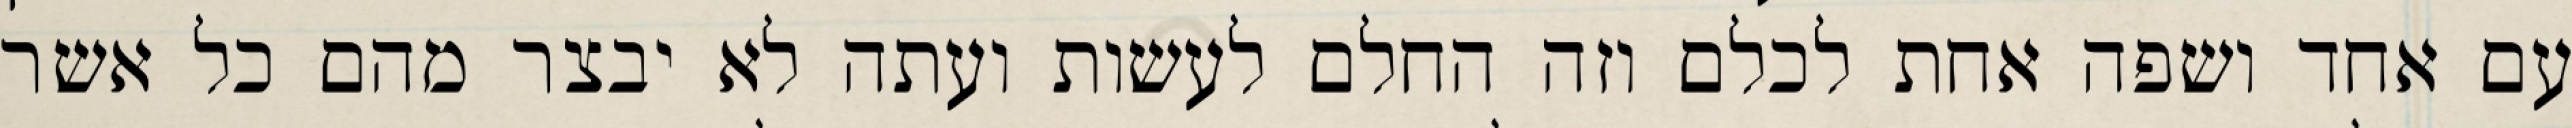
עם אחד ושפה אחת לכלם וזה החלם לעשות ועתה לא יבצר מהם כל אשר